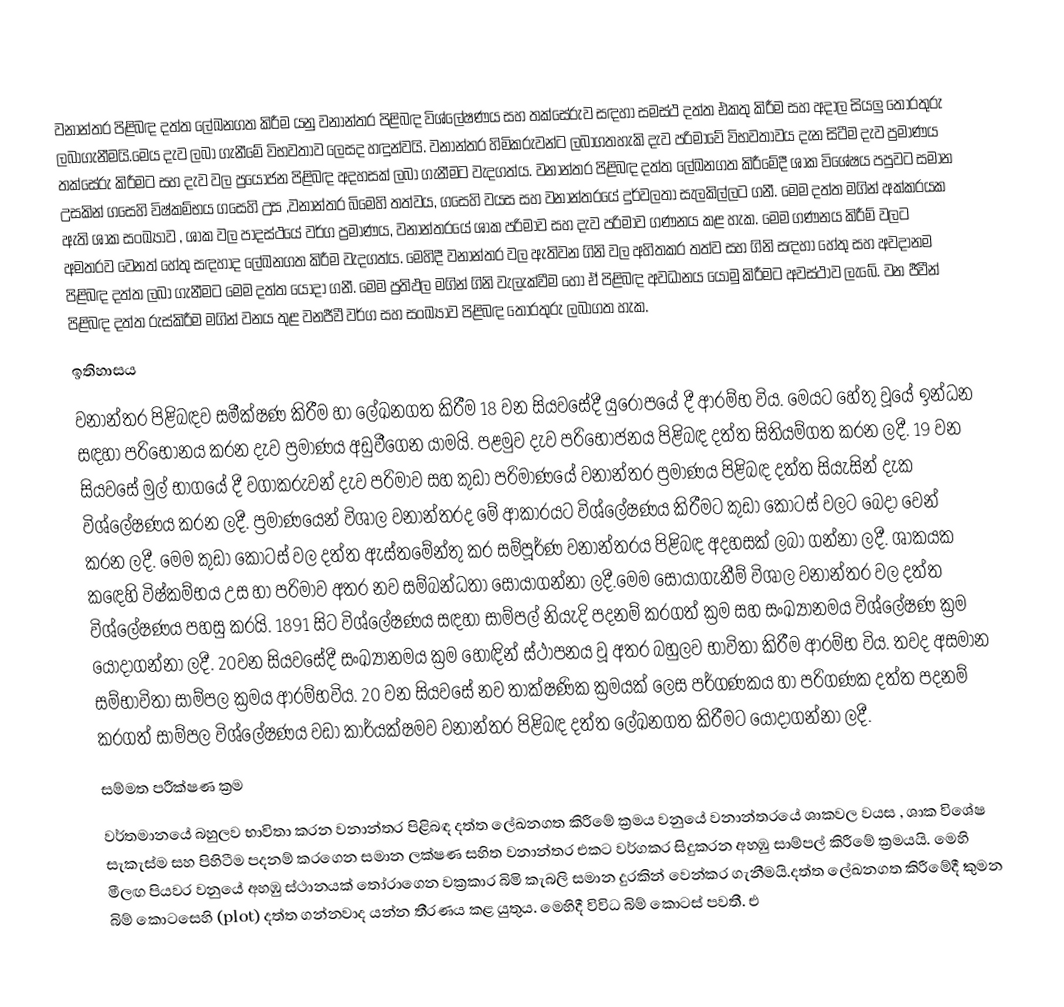
වනාන්තර පිළිබඳ දත්ත ලේඛනගත කිරීම යනු වනාන්තර පිළිබඳ විශ්ලේෂණය සහ තක්සේරුව සඳහා සමස්ථ දත්ත එකතු කිරීම සහ අදාල සියලු තොරතුරු ලබාගැනීමයි.මෙය දැව ලබා ගැනීමේ විභවතාව ලෙසද හඳුන්වයි. වනාන්තර හිමිකරුවන්ට ලබාගතහැකි දැව පරිමාවේ විභවතාවය දැන සිටීම දැව ප්‍රමාණය තක්සේරු කිරීමට සහ දැව වල ප්‍රයෝජන පිළිබඳ අදහසක් ලබා ගැනීමට වැදගත්ය. වනාන්තර පිළිබඳ දත්ත ලේඛනගත කිරීමේදී ශාක විශේෂය පපුවට සමාන උසකින් ගසෙහි විෂ්කම්භය ගසෙහි උස ,වනාන්තර බිමෙහි තත්වය, ගසෙහි වයස සහ වනාන්තරයේ දුර්වලතා සැලකිල්ලට ගනී. මෙම දත්ත මගින් අක්කරයක ඇති ශාක සංඛ්‍යාව , ශාක වල පාදස්ථයේ වර්ග ප්‍රමාණය, වනාන්තරයේ ශාක පරිමාව සහ දැව පරිමාව ගණනය කළ හැක. මෙම ගණනය කිරීම් වලට අමතරව වෙනත් හේතු සඳහාද ලේඛනගත කිරීම වැදගත්ය. මෙහිදී වනාන්තර වල ඇතිවන ගිනි වල අහිතකර තත්ව සහ ගිනි සඳහා හේතු සහ අවදානම පිළිබඳ දත්ත ලබා ගැනීමට මෙම දත්ත යොදා ගනී. මෙම ප්‍රතිඵල මගින් ගිනි වැලැක්වීම හෝ ඒ පිළිබඳ අවධානය යොමු කිරීමට අවස්ථාව ලැබේ. වන ජීවීන් පිළිබඳ දත්ත රුස්කිරීම මගින් වනය තුළ වනජීවී වර්ග සහ සංඛ්‍යාව පිළිබඳ තොරතුරු ලබාගත හැක.
ඉතිහාසය
වනාන්තර පිළිබඳව සමීක්ෂණ කිරීම හා ලේඛනගත කිරීම 18 වන සියවසේදී යුරෝපයේ දී ආරම්භ විය. මෙයට හේතු වූයේ ඉන්ධන සඳහා පරිභෝනය කරන දැව ප්‍රමාණය අඩුවීගෙන යාමයි. පළමුව දැව පරිභෝජනය පිළිබඳ දත්ත සිතියම්ගත කරන ලදී. 19 වන සියවසේ මුල් භාගයේ දී වගාකරුවන් දැව පරිමාව සහ කුඩා පරිමාණයේ වනාන්තර ප්‍රමාණය පිළිබඳ දත්ත සියැසින් දැක විශ්ලේෂණය කරන ලදී. ප්‍රමාණයෙන් විශාල වනාන්තරද මේ ආකාරයට විශ්ලේෂණය කිරීමට කුඩා කොටස් වලට බෙදා වෙන් කරන ලදී. මෙම කුඩා කොටස් වල දත්ත ඇස්තමේන්තු කර සම්පූර්ණ වනාන්තරය පිළිබඳ අදහසක් ලබා ගන්නා ලදී. ශාකයක ක‍ඳෙහි විෂ්කම්භය උස හා පරිමාව අතර නව සම්බන්ධතා සොයාගන්නා ලදී.මෙම සොයාගැනීම් විශාල වනාන්තර වල දත්ත විශ්ලේෂණය පහසු  කරයි. 1891 සිට විශ්ලේෂණය සඳහා සාම්පල් නියැදි පදනම් කරගත් ක්‍රම සහ සංඛ්‍යානමය විශ්ලේෂණ ක්‍රම යොදාගන්නා ලදී. 20වන සියවසේදී සංඛ්‍යානමය ක්‍රම හොඳින් ස්ථාපනය වූ අතර බහුලව භාවිතා කිරීම ආරම්භ විය. තවද අසමාන සම්භාවිතා සාම්පල ක්‍රමය ආරම්භවිය. 20 වන සියවසේ නව තාක්ෂණික ක්‍රමයක් ලෙස පර්ගණකය හා පරිගණක දත්ත පදනම් කරගත් සාම්පල විශ්ලේෂණය වඩා කාර්යක්ෂමව වනාන්තර පිළිබඳ දත්ත ලේඛනගත කිරීමට යොදාගන්නා ලදී.
සම්මත පරීක්ෂණ ක්‍රම
වර්තමානයේ බහුලව භාවිතා කරන වනාන්තර පිළිබඳ දත්ත ලේඛනගත කිරීමේ ක්‍රමය වනුයේ වනාන්තරයේ ශාකවල වයස , ශාක විශේෂ සැකැස්ම සහ පිහිටීම පදනම් කරගෙන සමාන ලක්ෂණ සහිත වනාන්තර එකට වර්ගකර සිදුකරන අහඹු සාම්පල් කිරීමේ ක්‍රමයයි. මෙහි මීලඟ පියවර වනුයේ අහඹු ස්ථානයක් තෝරාගෙන වක්‍රකාර බිමි කැබලි සමාන දුරකින් වෙන්කර ගැනීමයි.දත්ත ලේඛනගත කිරීමේදී කුමන බිම් කොටසෙහි (plot) දත්ත ගන්නවාද යන්න තීරණය කළ යුතුය. මෙහිදී විවිධ බිම් කොටස් පවතී. එ